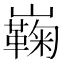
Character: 巈